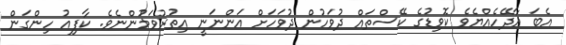
އެބަ އާދޭހެއްޔެވެ ކޮވިޑުގެ ކޭސްތައް ދުވަހުން ދުވަހަށް އަންނަނީ އިތުރުވަމުންނެވެ. ކާފިއު ހިންގަން